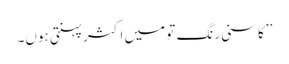
’’کاسنی رنگ تو میں اکثر پہنتی ہوں۔